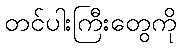
တင်ပါးကြီးတွေကို